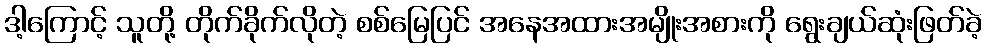
ဒါ့ကြောင့် သူတို့ တိုက်ခိုက်လိုတဲ့ စစ်မြေပြင် အနေအထားအမျိုးအစားကို ရွေးချယ်ဆုံးဖြတ်ခဲ့